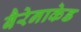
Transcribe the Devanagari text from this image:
बैरेनाकेड